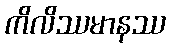
ကိလိဿမာနဿ